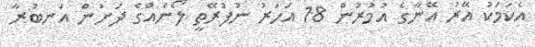
އެކަމަކު އޭރު އޭނާގެ އުމުރުން 18 އަހަރު ނުފުރޭތީ ލޯނެއްގެ ދަށުން އަނބުރާ